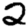
Digit: 2